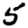
Digit: 5